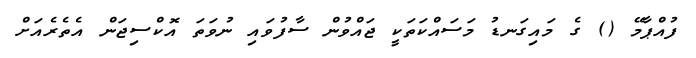
ފުއްޕާމޭ () ގެ މައިގަނޑު މަސައްކަތަކީ ޖައްވުން ސާފުވައި ނުވަތަ އޮކްސިޖަން އެތެރެއަށް